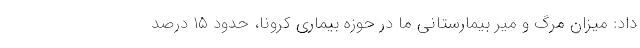
داد: میزان مرگ و میر بیمارستانی ما در حوزه بیماری کرونا، حدود ۱۵ درصد